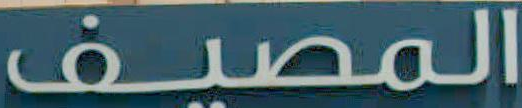
المصيف